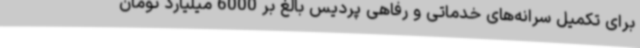
برای تکمیل سرانه‌های خدماتی و رفاهی پردیس بالغ بر 6000 میلیارد تومان